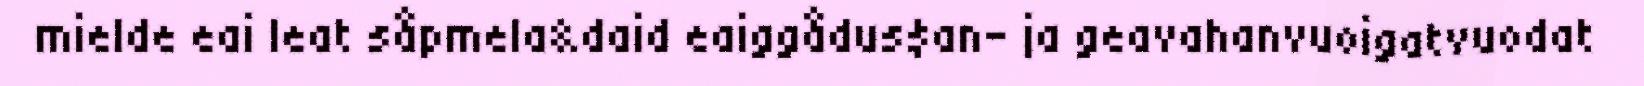
mielde eai leat såpmela&daid eaiggådus$an- ja geavahanvuoigatvuodat